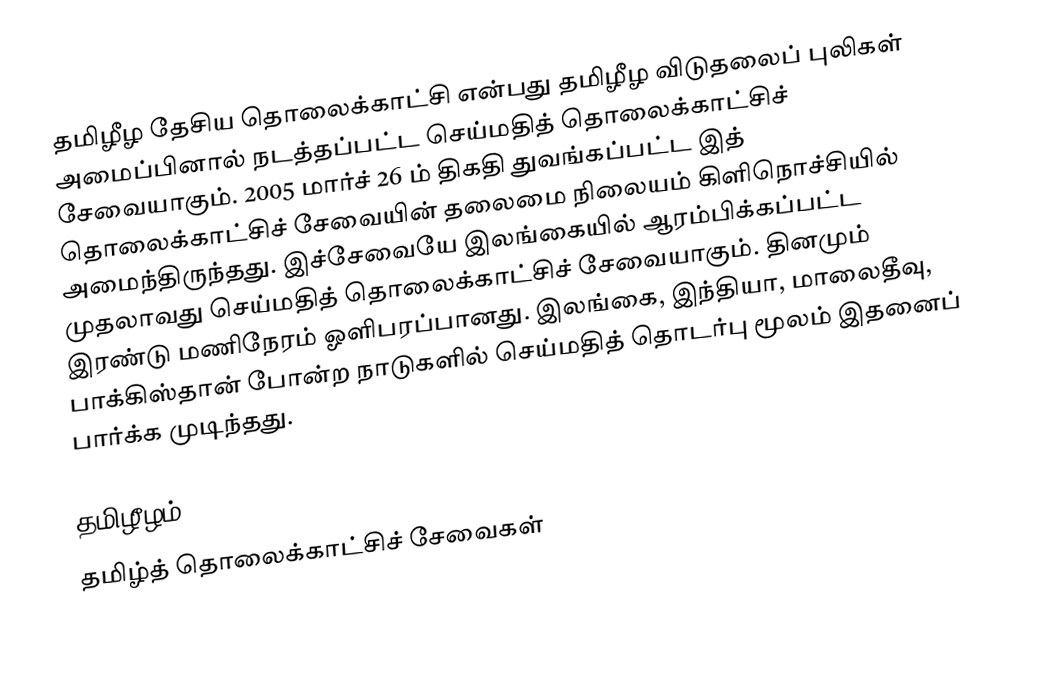
தமிழீழ தேசிய தொலைக்காட்சி என்பது தமிழீழ விடுதலைப் புலிகள் அமைப்பினால் நடத்தப்பட்ட செய்மதித் தொலைக்காட்சிச் சேவையாகும். 2005 மார்ச் 26 ம் திகதி துவங்கப்பட்ட இத் தொலைக்காட்சிச் சேவையின் தலைமை நிலையம் கிளிநொச்சியில் அமைந்திருந்தது. இச்சேவையே இலங்கையில் ஆரம்பிக்கப்பட்ட முதலாவது செய்மதித் தொலைக்காட்சிச் சேவையாகும். தினமும் இரண்டு மணிநேரம் ஓளிபரப்பானது. இலங்கை, இந்தியா, மாலைதீவு, பாக்கிஸ்தான் போன்ற நாடுகளில் செய்மதித் தொடர்பு மூலம் இதனைப் பார்க்க முடிந்தது.

தமிழீழம்
தமிழ்த் தொலைக்காட்சிச் சேவைகள்